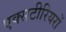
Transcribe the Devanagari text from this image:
एक्सटीरियरों